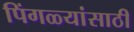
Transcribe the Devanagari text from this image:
पिंगळ्यांसाठी